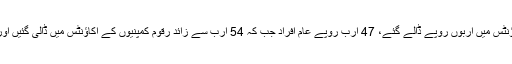
جے آئی ٹی سربراہ نے عدالت کو بتایا کہ بعض افراد کی موت کے 2 سال بعد ان کے اکاؤنٹس میں اربوں روپے ڈالے گئے، 47 ارب روپے عام افراد جب کہ 54 ارب سے زائد رقوم کمپنیوں کے اکاؤنٹس میں ڈالی گئیں اور سندھ حکومت تحقیقات میں تعاون نہیں کر رہی، متعلقہ ریکارڈ فراہم نہیں کیا جا رہا ہے۔